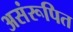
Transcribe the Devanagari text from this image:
असंरूपित